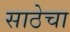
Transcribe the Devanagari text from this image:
साठेचा